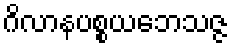
ဂိလာနပစ္စယဘေသဇ္ဇ